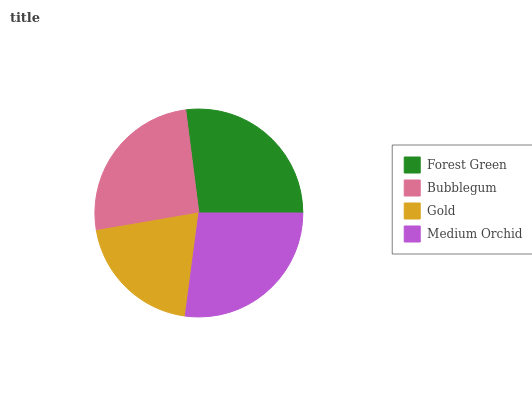
| Forest Green | Bubblegum | Gold | Medium Orchid |
 | --- | --- | --- | --- |
 | 27.1% | 25.6% | 20.2% | 27.1% |